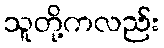
သူတို့ကလည်း